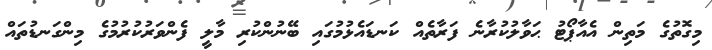
މިގޮތުގެ މަތިން އެއާޕޯޓު ޙަވާލުކުރާނެ ފަރާތެއް ކަނޑައެޅުމުގައި ބޭނުންކުރި މާލީ ފެންވަރުކުރުމުގެ މިންގަނޑުތައް